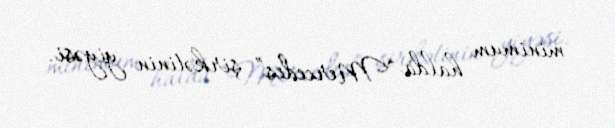
minimum halda “Mercedes” şirkətinin yiyəsi.